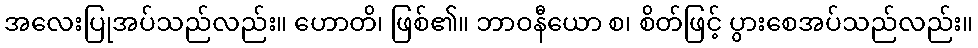
အလေးပြုအပ်သည်လည်း။ ဟောတိ၊ ဖြစ်၏။ ဘာဝနီယော စ၊ စိတ်ဖြင့် ပွားစေအပ်သည်လည်း။